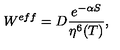
W ^ { e f f } = D \frac { e ^ { - \alpha S } } { \eta ^ { 6 } ( T ) } ,